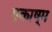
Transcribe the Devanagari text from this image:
एकाष्म